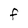
Character: F